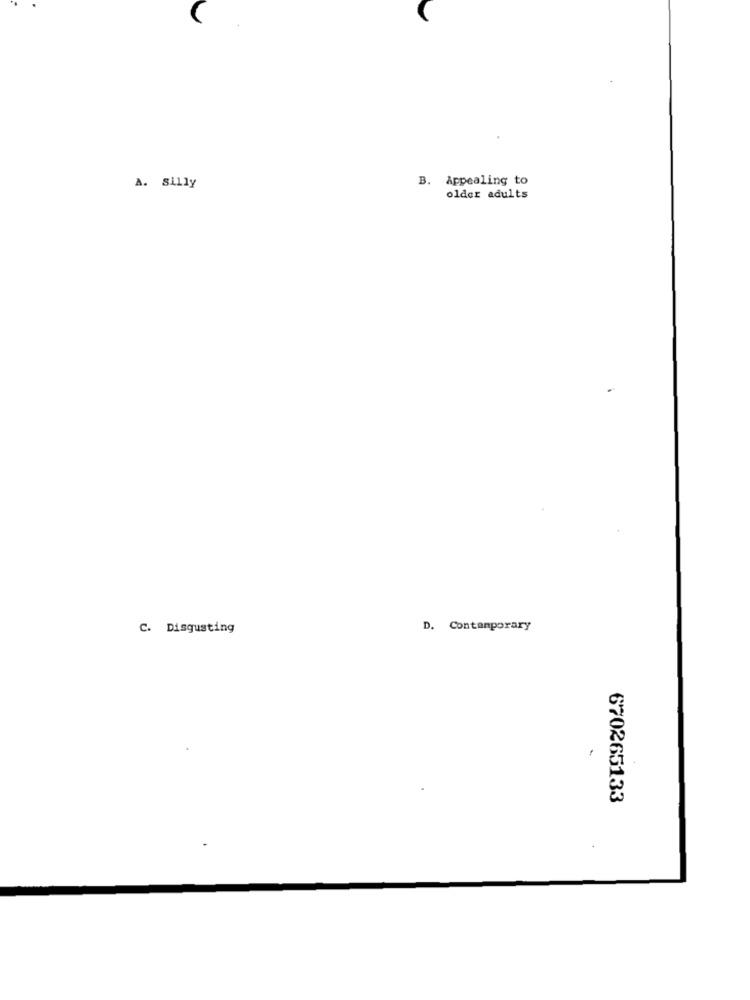
B. Appealing to
A. silly
older adults
C. Disgusting
D. Contemporary
670265133